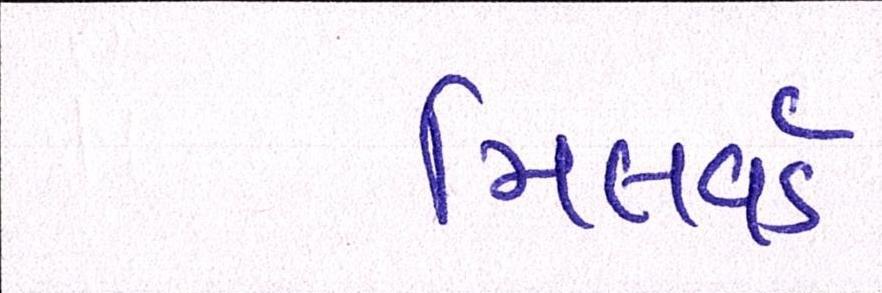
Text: મિલવર્ડ